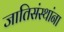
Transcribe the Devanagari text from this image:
जातिसंस्थांना